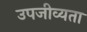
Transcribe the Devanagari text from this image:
उपजीव्यता